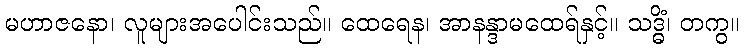
မဟာဇနော၊ လူများအပေါင်းသည်။ ထေရေန၊ အာနန္ဒာမထေရ်နှင့်။ သဒ္ဓိံ၊ တကွ။